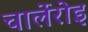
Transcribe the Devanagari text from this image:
चार्लेरोइ